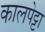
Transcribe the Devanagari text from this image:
कालपेट्टा